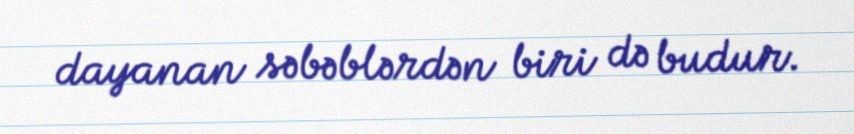
dayanan səbəblərdən biri də budur.